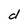
Character: d